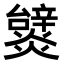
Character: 𤒞